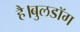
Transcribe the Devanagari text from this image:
है।बुलडॉग